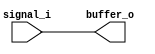
module buffer(input signal_i, output reg buffer_o);

//Define logic for buffer operation
always @ (signal_i)
begin
    buffer_o = signal_i;
end

endmodule